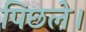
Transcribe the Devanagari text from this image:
पिछले।